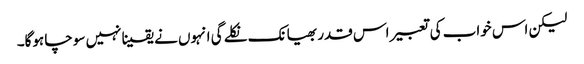
لیکن اس خواب کی تعبیر اس قدر بھیانک نکلے گی انہوں نے یقینا نہیں سوچا ہوگا۔